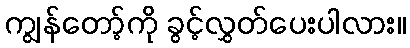
ကျွန်တော့်ကို ခွင့်လွှတ်ပေးပါလား။